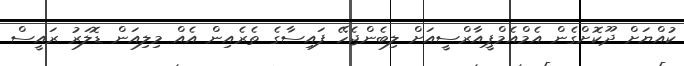
ކުއްޔަށް ދޫކޮށްގެން އެމްއެމްޕީއާރްސީއަށް ލިބެންޖެހޭ ފައިސާގެ ތެރެއިން އެއް މިލިއަން ޑޮލަރު ރައީސް